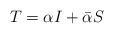
LaTeX: \begin{align*}T=\alpha I+\bar{\alpha}S\end{align*}